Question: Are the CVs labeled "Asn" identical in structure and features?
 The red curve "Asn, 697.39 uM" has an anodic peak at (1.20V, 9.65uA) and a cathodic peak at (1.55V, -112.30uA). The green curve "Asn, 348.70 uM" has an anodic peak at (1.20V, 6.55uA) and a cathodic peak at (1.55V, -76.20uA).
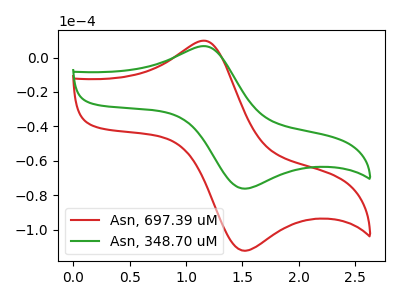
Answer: <think>All the peaks in "Asn, 697.39 uM" have a peak in "Asn, 348.70 uM" at the same potential. Every peak in "Asn, 697.39 uM" is higher than every peak in "Asn, 348.70 uM".
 </think>
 <answer>All the CV's of "Asn" have similar shape.</answer>
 <eval>follow_rule</eval>